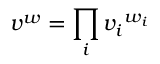
{ \boldsymbol v } ^ { \boldsymbol w } = \prod _ { i } { v _ { i } } ^ { w _ { i } }